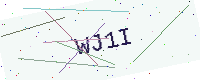
Text: WJ1I